Annual report of the Imperial Bacteriological Laboratory, Muktesar
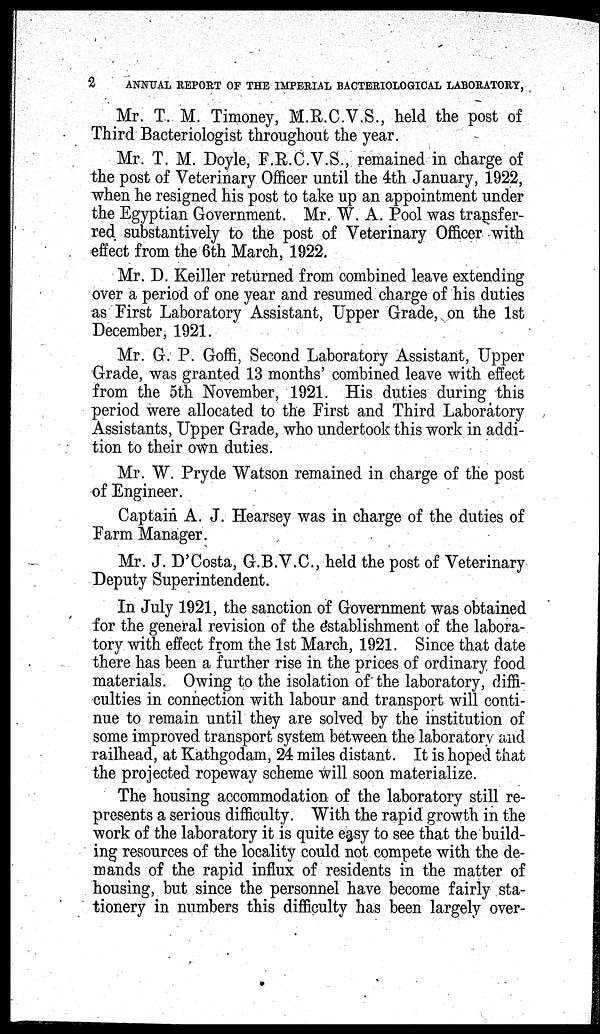
2
ANNUAL REPORT OF THE IMPERIAL BACTERIOLOGICAL LABORATORY,
Mr. T. M. Timoney, M.R.C.V.S., held the post of
Third Bacteriologist throughout the year.
Mr. T. M. Doyle, F.R.C.V.S., remained in charge of
the post of Veterinary Officer until the 4th January, 1922,
when he resigned his post to take up an appointment under
the Egyptian Government. Mr. W. A. Pool was transfer-
red substantively to the post of Veterinary Officer with
effect from the 6th March, 1922.
Mr. D. Keiller returned from combined leave extending
over a period of one year and resumed charge of his duties
as First Laboratory Assistant, Upper Grade, on the 1st
December, 1921.
Mr. G. P. Goffi, Second Laboratory Assistant, Upper
Grade, was granted 13 months' combined leave with effect
from the 5th November, 1921. His duties during this
period were allocated to the First and Third Laboratory
Assistants, Upper Grade, who undertook th
tion to their own duties.
Mr. W. Pryde Watson remained in charge of the post
of Engineer.
Captain A. J. Hearsey was in charge of the duties of
Farm Manager.
Mr. J. D'Costa, G.B.V.C., held the post of Veterinary
Deputy Superintendent.
In July 1921, the sanction of Government was obtained
for the general revision of the establishment of the labora-
tory with effect from the 1st March, 1921. Since that date
there has been a further rise in the prices of ordinary food materials. Owing to the isolation of the l
culties in connection with labour and transport will conti-
nue to remain until they are solved by the institution of
some improved transport system between the laboratory and
railhead, at Kathgodam, 24 miles distant. It is hoped that
the projected ropeway scheme will soon materialize.
The housing accommodation of the laboratory still re-
presents a serious difficulty. With the rapid growth in the
work of the laboratory it is quite easy to see that the build-
ing resources of the locality could not compete with the de-
mands of the rapid influx of residents in the matter of
housing, but since the personnel have become fairly sta-
tionery in numbers this difficulty has been largely over-